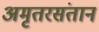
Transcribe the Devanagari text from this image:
अमृतरसंतान